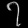
Digit: ၇